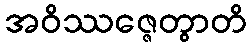
အဝိဿဇ္ဇေတွာတိ